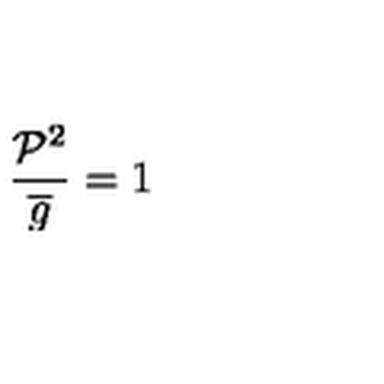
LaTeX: \frac { \mathcal { P } ^ { 2 } } { \overline { { g } } } = 1